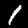
Label: 1